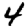
Digit: 4